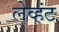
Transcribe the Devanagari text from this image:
लेव्हंट